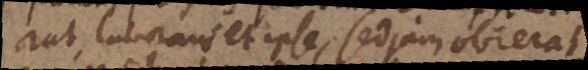
rat, laborans et ipse, sed jam obierat.